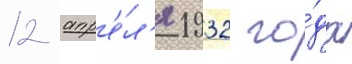
12 апр'е́л'я 1932 го́да